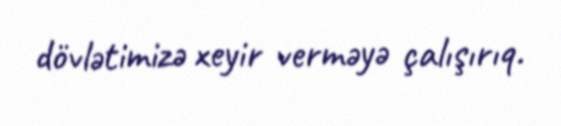
dövlətimizə xeyir verməyə çalışırıq.